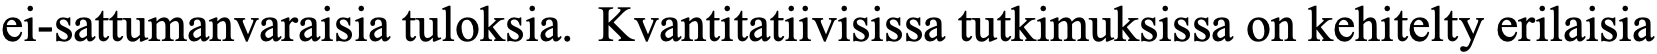
ei-sattumanvaraisia tuloksia. Kvantitatiivisissa tutkimuksissa on kehitelty erilaisia